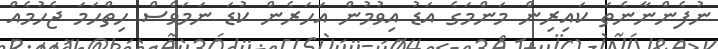
ނުފެންނާނެތަ ކައިރިން މަންމަގެ އަޑު އިވުމުން އަހަރެން ކުޑަ ނަމަވެސް ހިތްހަމަ ޖެހުމެއް